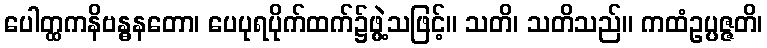
ပေါတ္ထကနိဗန္ဓနတော၊ ပေပုရပိုက်ထက်၌ဖွဲ့သဖြင့်။ သတိ၊ သတိသည်။ ကထံဥပ္ပဇ္ဇတိ၊